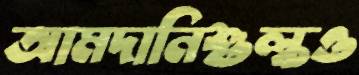
আমদানিশুল্কও